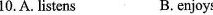
10.A. Listens B.enjoys